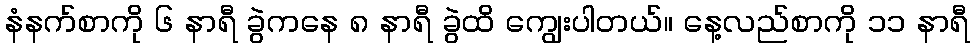
နံနက်စာကို ၆ နာရီ ခွဲကနေ ၈ နာရီ ခွဲထိ ကျွေးပါတယ်။ နေ့လည်စာကို ၁၁ နာရီ